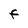
Character: F